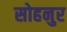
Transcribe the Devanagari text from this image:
सोहनुर